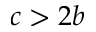
c > 2 b